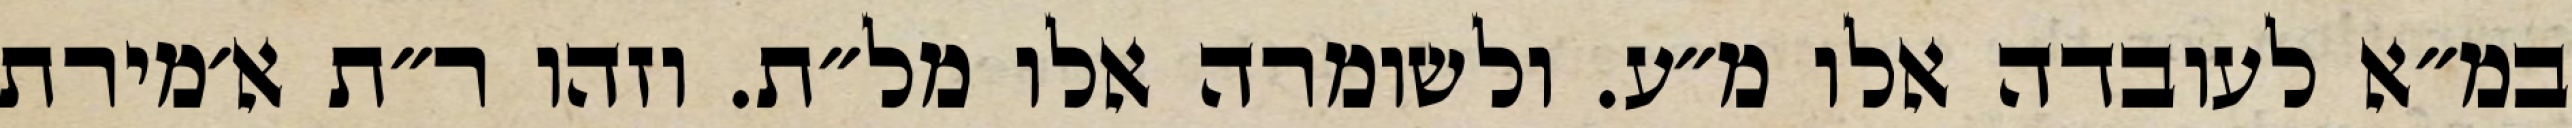
במ״א לעובדה אלו מ״ע. ולשומרה אלו מל״ת. וזהו ר״ת א׳מירת